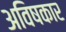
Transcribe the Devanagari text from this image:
अविषकार